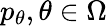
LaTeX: p_{\theta},\theta\in\Omega